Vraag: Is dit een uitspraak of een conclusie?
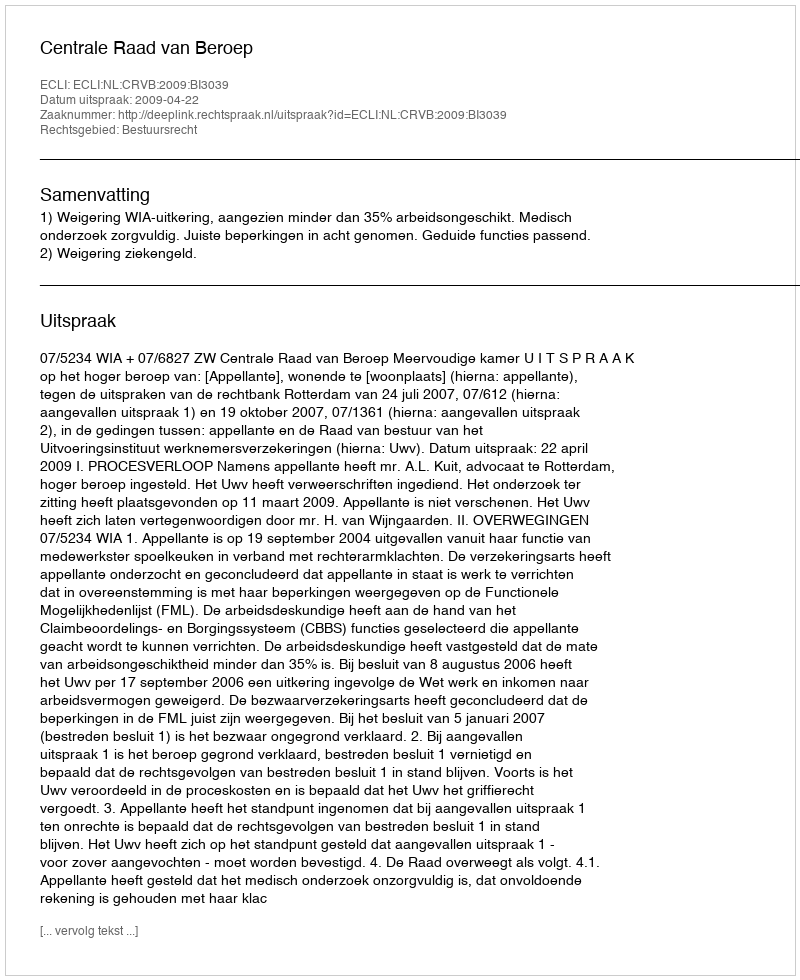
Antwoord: Uitspraak